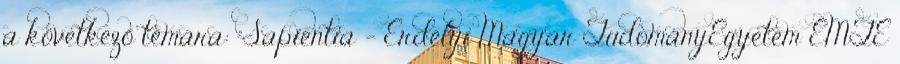
a következő témára: "Sapientia - Erdélyi Magyar TudományEgyetem EMTE